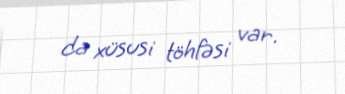
da xüsusi töhfəsi var.